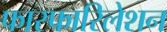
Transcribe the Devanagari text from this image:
फास्फारिलेशन